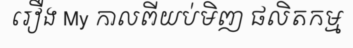
រឿង My កាលពីយប់មិញ ផលិតកម្ម